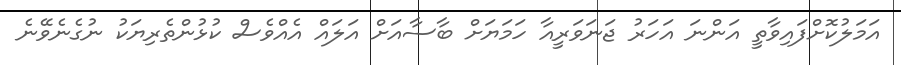
އަމަލުކޮށްފައިވާތީ އަންނަ އަހަރު ޖަނަވަރީއާ ހަމަޔަށް ބާސާއަށް އަލައް އެއްވެސް ކުޅުންތެރިޔަކު ނުގެނެވޭނެ